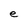
Character: C